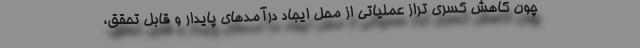
چون کاهش کسری تراز عملیاتی از محل ایجاد درآمدهای پایدار و قابل تحقق،